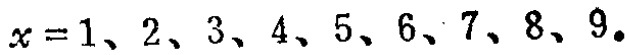
$x = 1、2、3、4、5、6、7、8、9。$